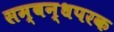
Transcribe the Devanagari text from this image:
सम्बन्धपरक